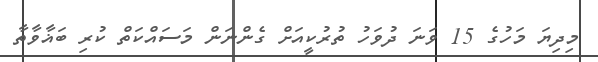
މިިދިޔަ މަހުގެ 15 ވަނަ ދުވަހު ތުރުކީއަށް ގެންނަން މަސައްކަތް ކުރި ބަޣާވާތާ